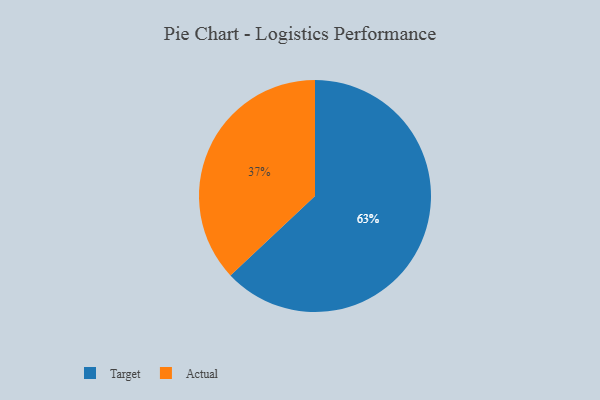
{"axis": {"x": "Category", "y": "Percentage"}, "legend": ["Actual", "Target"], "data": [{"x": "Target", "y": 63, "type": "Target"}, {"x": "Actual", "y": 37, "type": "Actual"}]}